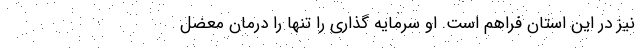
نیز در این استان فراهم است. او سرمایه گذاری را تنها را درمان معضل